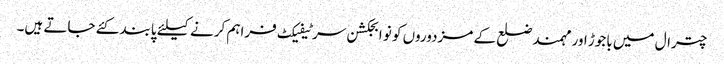
چترال میں باجوڑ اور مہمند ضلع کے مزدوروں کو نو ابجکشن سرٹیفیکٹ فراہم کرنے کیلئے پابند کئے جاتے ہیں۔